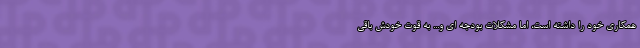
همکاری خود را داشته است، اما مشکلات بودجه ای و... به قوت خودش باقی